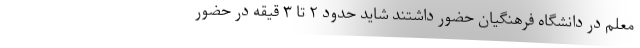
معلم در دانشگاه فرهنگیان حضور داشتند شاید حدود ۲ تا ۳ قیقه در حضور